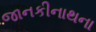
જાનકીનાથના